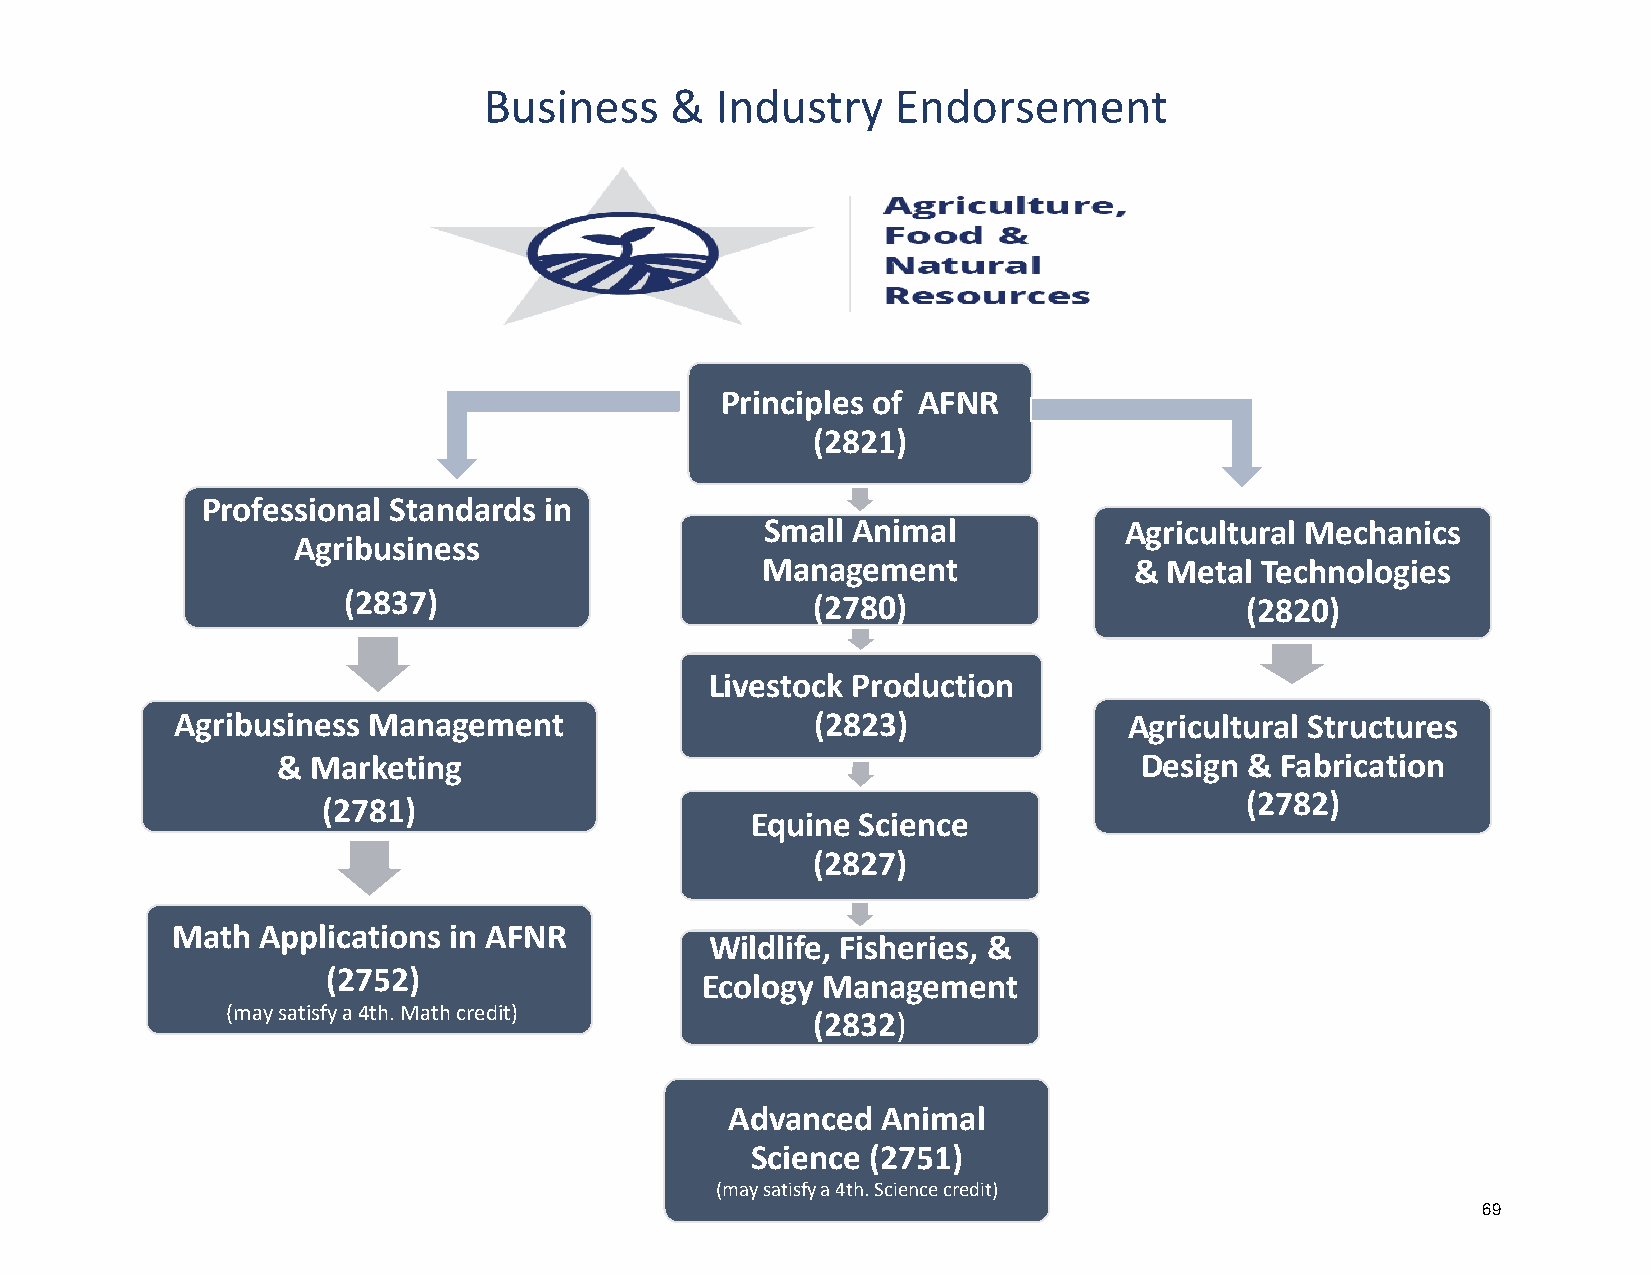
Business    &  Industry    Endorsement
 Principles of AFNR
 (2821)
 Professional Standards in
 Small Animal           Agricultural Mechanics
 Agribusiness
 Management               & Metal Technologies
 (2837)                         (2780)                      (2820)
 Livestock Production
 Agribusiness Management                   (2823)               Agricultural Structures
 &  Marketing                                             Design  & Fabrication
 (2782)
 (2781)
 Equine Science
 (2827)
 Math  Applications in AFNR
 Wildlife, Fisheries, &
 (2752)
 Ecology Management
 (may satisfy a 4th. Math credit)
 (2832)
 Advanced  Animal
 Science (2751)
 (may satisfy a 4th. Science credit)
 69